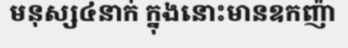
មនុស្ស៤នាក់ ក្នុងនោះមានឧកញ៉ា